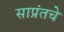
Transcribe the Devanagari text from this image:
साप्रंतचे